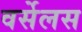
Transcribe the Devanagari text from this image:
वर्सेलस